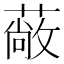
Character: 𮑇